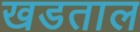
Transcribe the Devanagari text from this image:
खडताल